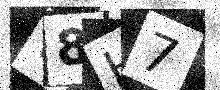
Text: W8H7